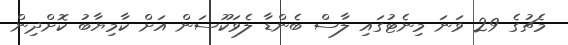
މެޗުގެ 29 ވަނަ މިނެޓުގައި ލާސް ބެންޑާ ލެވަކޫސަން އަށް ކާމިޔާބު ކޮށްދިން